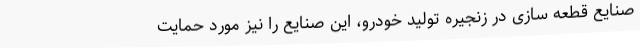
صنایع قطعه سازی در زنجیره تولید خودرو، این صنایع را نیز مورد حمایت